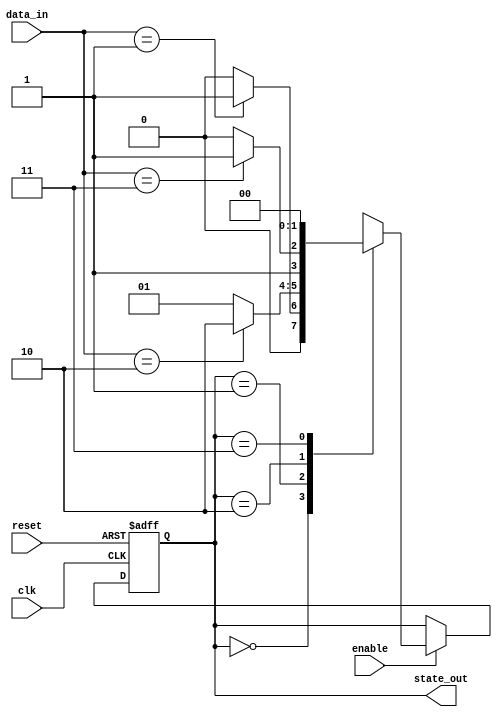
module sequential_logic (
    input wire clk,        // Clock input
    input wire reset,      // Asynchronous reset input
    input wire enable,     // Input signal to control state transitions
    input wire [1:0] data_in, // 2-bit input signal influencing behavior
    output reg [1:0] state_out // 2-bit output signal representing current state
);

// Define states
parameter STATE_0 = 2'b00;
parameter STATE_1 = 2'b01;
parameter STATE_2 = 2'b10;
parameter STATE_3 = 2'b11;

always @(posedge clk or posedge reset) begin
    if (reset) begin
        // Asynchronous reset to initial state
        state_out <= STATE_0;
    end else if (enable) begin
        // State transition logic based on input data
        case (state_out)
            STATE_0: begin
                if (data_in == 2'b01) begin
                    state_out <= STATE_1;
                end else begin
                    state_out <= STATE_0;
                end
            end
            STATE_1: begin
                if (data_in == 2'b10) begin
                    state_out <= STATE_2;
                end else begin
                    state_out <= STATE_1;
                end
            end
            STATE_2: begin
                if (data_in == 2'b11) begin
                    state_out <= STATE_3;
                end else begin
                    state_out <= STATE_2;
                end
            end
            STATE_3: begin
                // Loop back to STATE_0 for demonstration
                state_out <= STATE_0;
            end
            default: state_out <= STATE_0; // Default case
        endcase
    end
end

endmodule